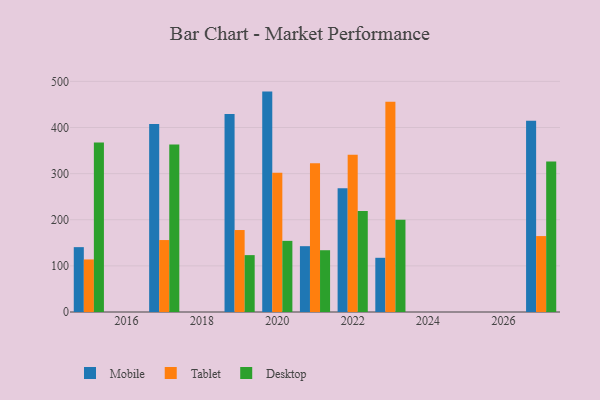
{"axis": {"x": "Year", "y": "Inventory Turnover"}, "legend": ["Desktop", "Mobile", "Tablet"], "data": [{"x": "2027", "y": 414.4, "type": "Mobile"}, {"x": "2027", "y": 164.6, "type": "Tablet"}, {"x": "2027", "y": 326.4, "type": "Desktop"}, {"x": "2015", "y": 140.6, "type": "Mobile"}, {"x": "2015", "y": 113.9, "type": "Tablet"}, {"x": "2015", "y": 367.3, "type": "Desktop"}, {"x": "2019", "y": 429.0, "type": "Mobile"}, {"x": "2019", "y": 177.7, "type": "Tablet"}, {"x": "2019", "y": 123.3, "type": "Desktop"}, {"x": "2022", "y": 268.2, "type": "Mobile"}, {"x": "2022", "y": 341.0, "type": "Tablet"}, {"x": "2022", "y": 219.0, "type": "Desktop"}, {"x": "2021", "y": 142.7, "type": "Mobile"}, {"x": "2021", "y": 322.7, "type": "Tablet"}, {"x": "2021", "y": 133.9, "type": "Desktop"}, {"x": "2017", "y": 407.5, "type": "Mobile"}, {"x": "2017", "y": 156.0, "type": "Tablet"}, {"x": "2017", "y": 363.2, "type": "Desktop"}, {"x": "2020", "y": 477.8, "type": "Mobile"}, {"x": "2020", "y": 302.1, "type": "Tablet"}, {"x": "2020", "y": 154.2, "type": "Desktop"}, {"x": "2023", "y": 117.5, "type": "Mobile"}, {"x": "2023", "y": 455.7, "type": "Tablet"}, {"x": "2023", "y": 200.2, "type": "Desktop"}]}